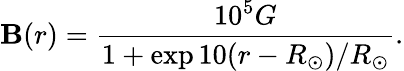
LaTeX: \mathbf{B}(r)=\frac{{10^{5}G}}{{1+\exp{10(r-R_{\odot})/R_{\odot}}}}.